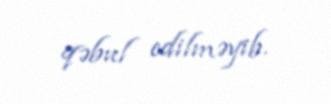
qəbul edilməyib.